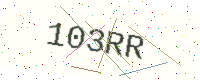
Text: 103RR